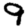
Digit: 9